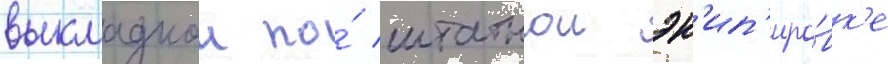
выкладкои по́ штатнои эк'ип'иро́вк'е